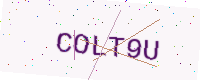
Text: COLT9U